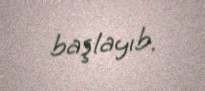
başlayıb.